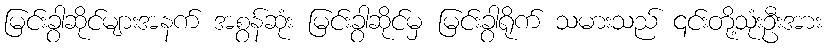
မြင်းခွာဆိုင်များအနက် အစွန်ဆုံး မြင်းခွာဆိုင်မှ မြင်းခွာရိုက် သမားသည် ၎င်းတို့သုံးဦးအား